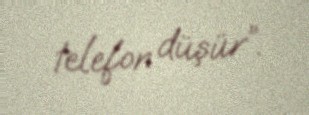
telefon düşür”.